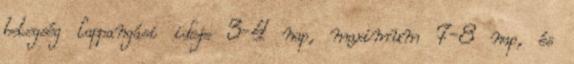
betegség lappangási ideje 3-4 nap, maximum 7-8 nap, és